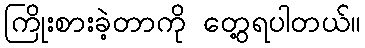
ကြိုးစားခဲ့တာကို တွေ့ရပါတယ်။